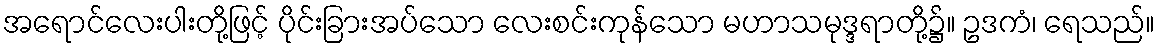
အရောင်လေးပါးတို့ဖြင့် ပိုင်းခြားအပ်သော လေးစင်းကုန်သော မဟာသမုဒ္ဒရာတို့၌။ ဥဒကံ၊ ရေသည်။